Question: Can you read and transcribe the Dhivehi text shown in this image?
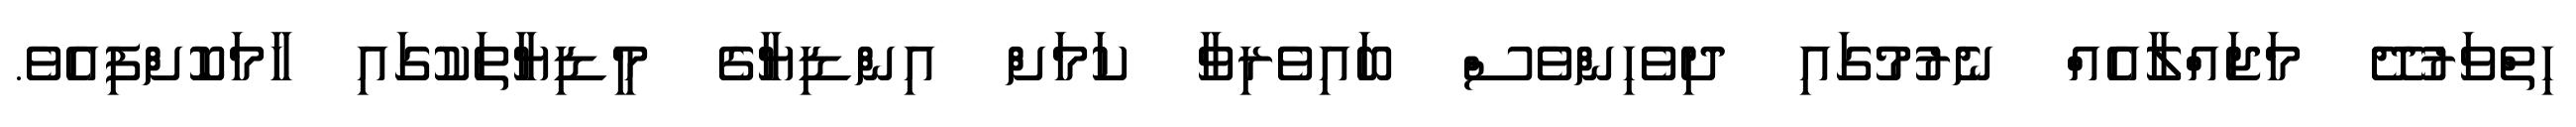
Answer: ހިތްވަރުދޭ މަޖައްލާއެއް ނެރުމުގައި ދިވެހިންވެސް ބައިވެރިވާ ކަމަށް އިންޑިޔާގެ މީޑިޔާތަކުގައި ހާމަކޮށްފިއެވެ.